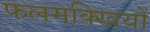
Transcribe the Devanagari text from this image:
फलमक्खियों